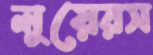
লুয়েরস